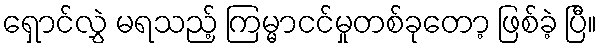
ရှောင်လွှဲ မရသည့် ကြမ္မာငင်မှုတစ်ခုတော့ ဖြစ်ခဲ့ ပြီ။